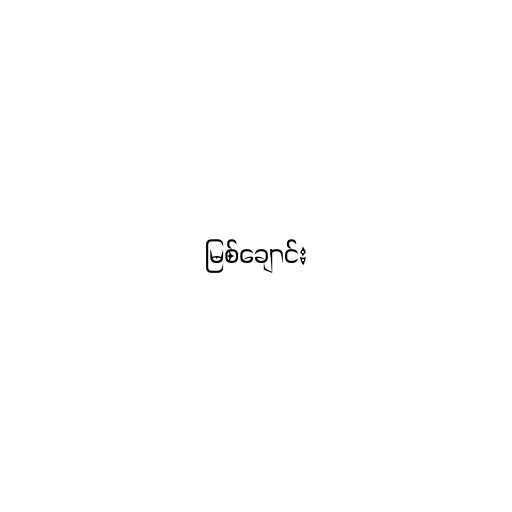
မြစ်ချောင်း